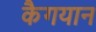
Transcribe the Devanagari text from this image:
कैगयान